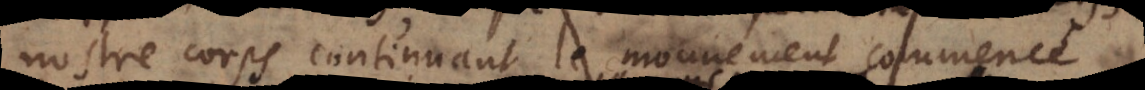
nostre corps continuant le mouvement commencé